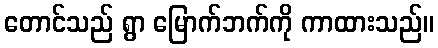
တောင်သည် ရွာ မြောက်ဘက်ကို ကာထားသည်။